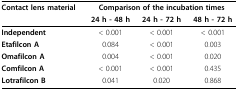
<table><thead><tr><td><b>Contact lens material</b></td><td colspan="3"><b>Comparison of the incubation times</b></td></tr><tr><td></td><td><b>24 h - 48 h</b></td><td><b>24 h - 72 h</b></td><td><b>48 h - 72 h</b></td></tr></thead><tbody><tr><td><b>Independent</b></td><td>&lt; 0.001</td><td>&lt; 0.001</td><td>&lt; 0.001</td></tr><tr><td><b>Etafilcon A</b></td><td>0.084</td><td>&lt; 0.001</td><td>0.003</td></tr><tr><td><b>Omafilcon A</b></td><td>0.004</td><td>&lt; 0.001</td><td>0.020</td></tr><tr><td><b>Comfilcon A</b></td><td>&lt; 0.001</td><td>&lt; 0.001</td><td>0.435</td></tr><tr><td><b>Lotrafilcon B</b></td><td>0.041</td><td>0.020</td><td>0.868</td></tr></tbody></table>